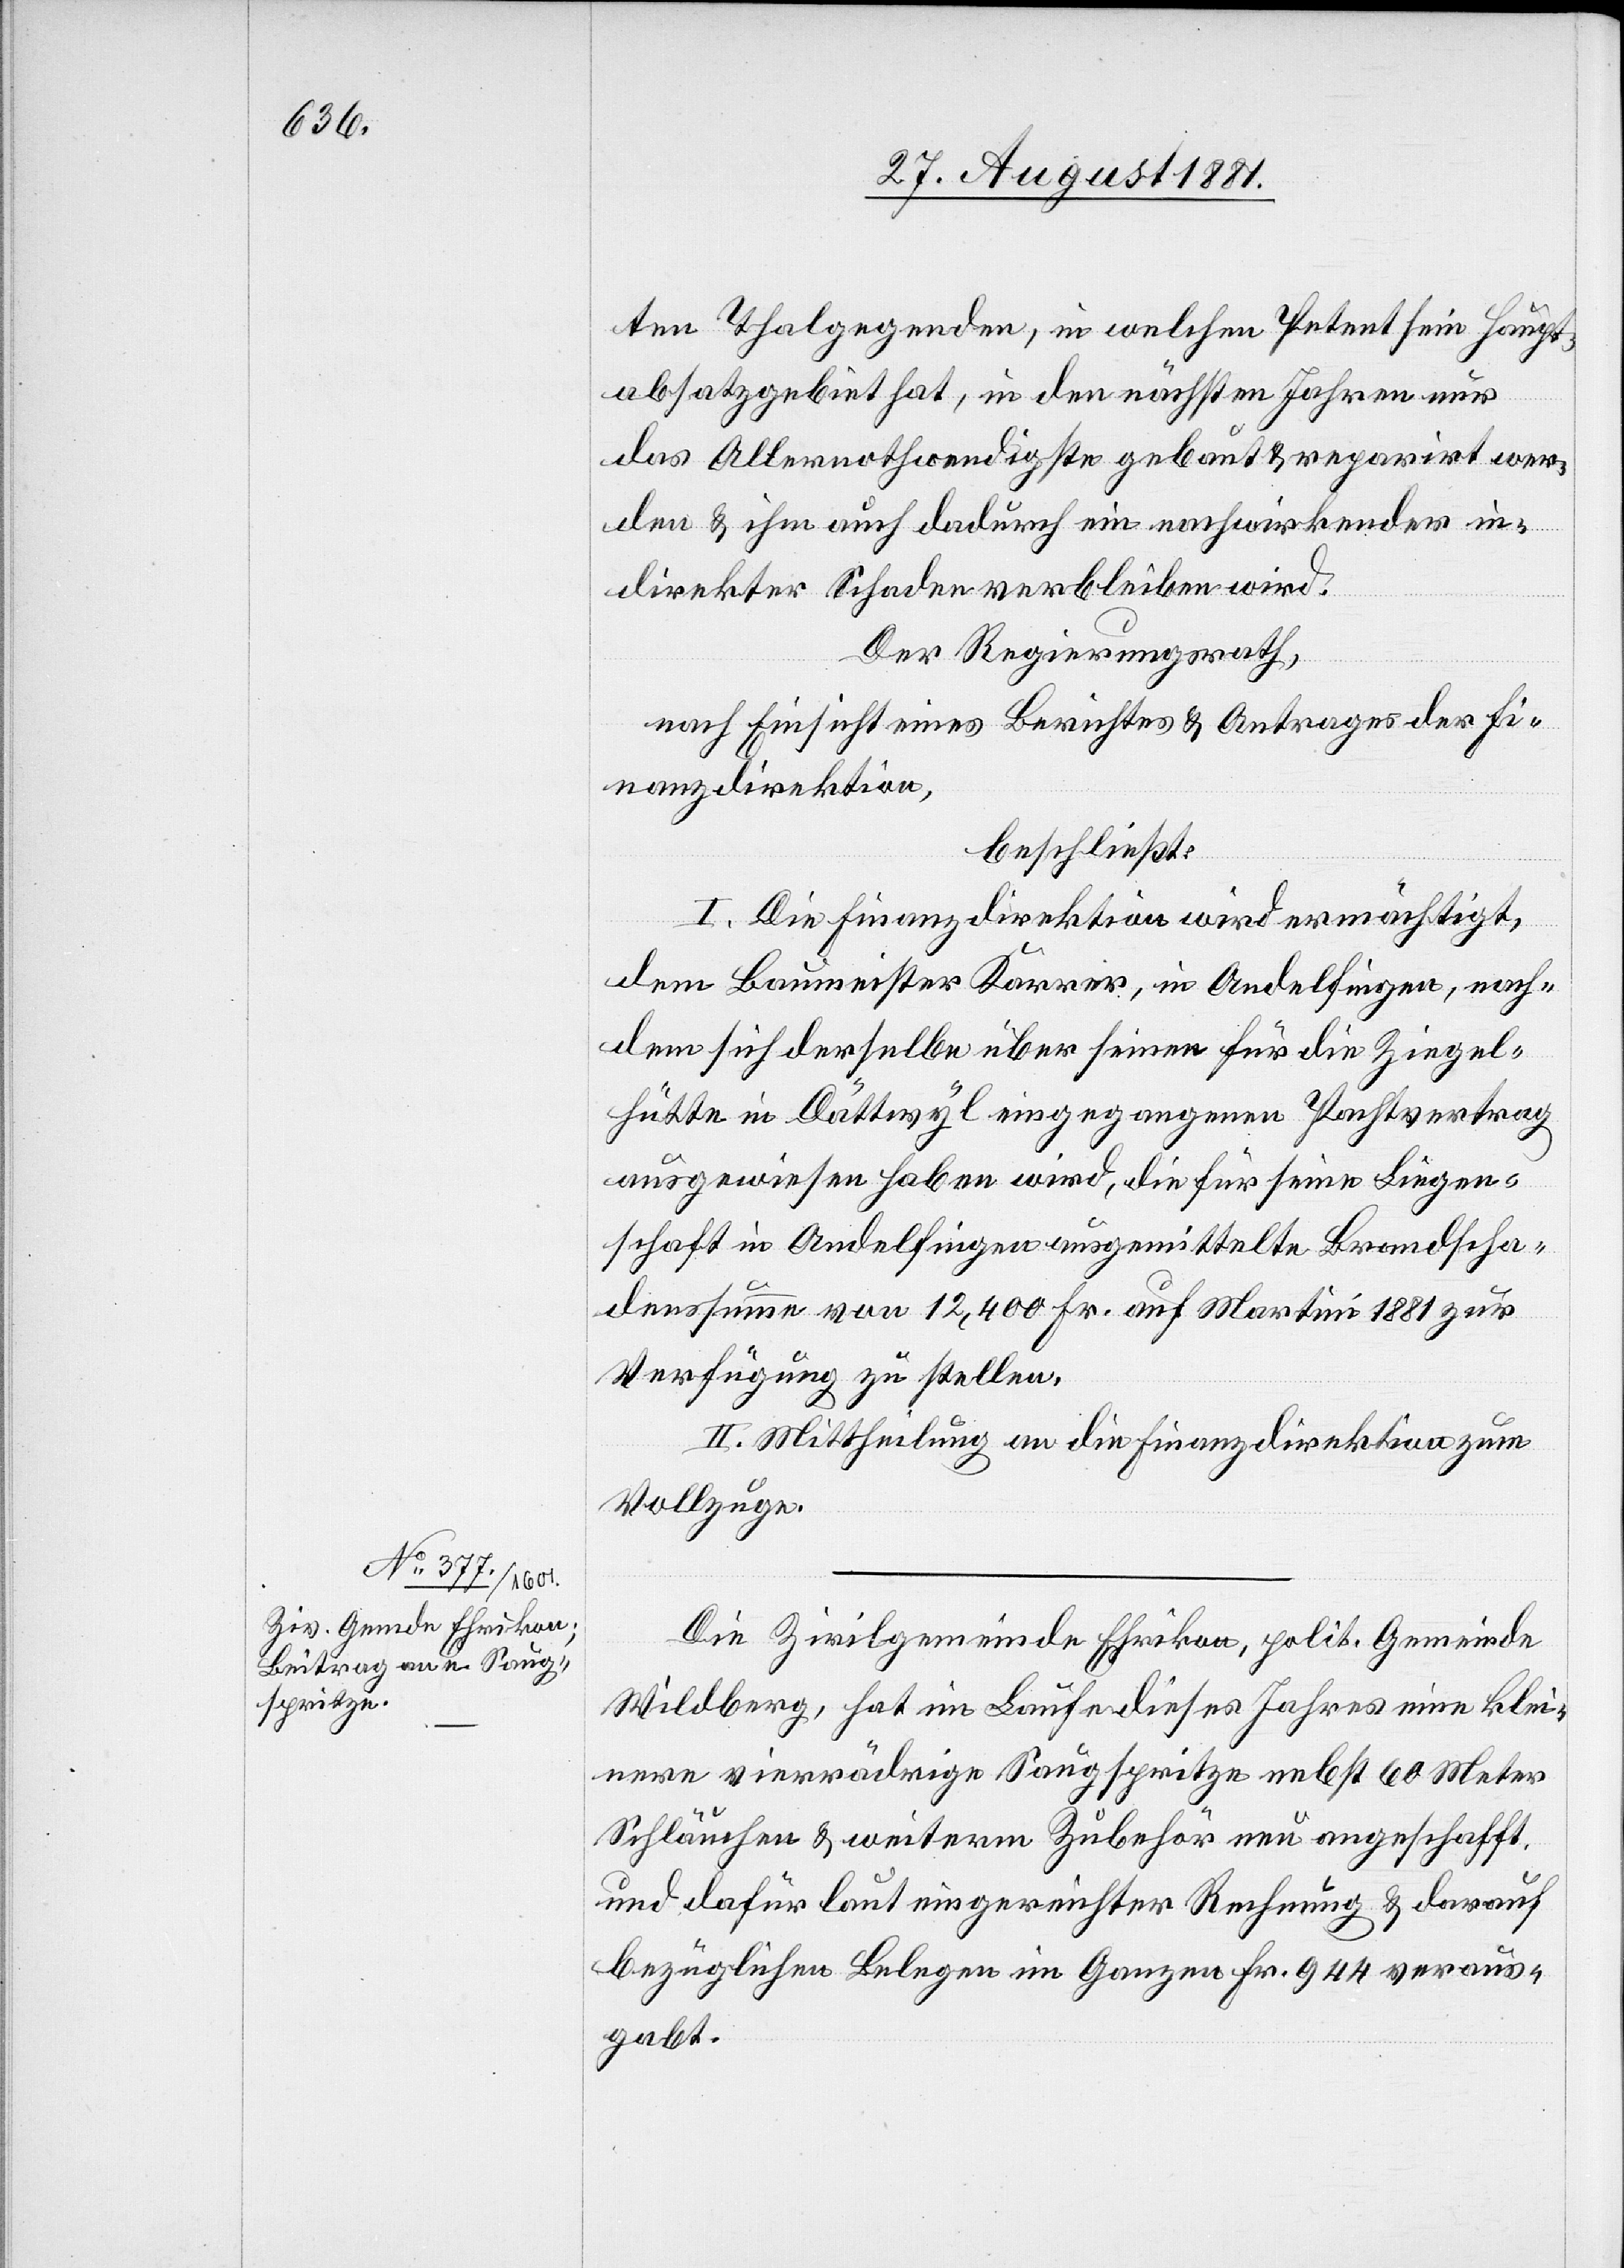
ten Thalgegenden, in welchen Petent sein Haupt¬
absatzgebiet hat, in den nächsten Jahren nur
das Allernothwendigste gebaut & reparirt wer¬
den & ihm auch dadurch ein nachwirkender in¬
direkter Schaden verbleiben wird.
Der Regierungsrath,
nach Einsicht eines Berichtes & Antrages der Fi¬
nanzdirektion,
beschließt:
I. Die Finanzdirektion wird ermächtigt,
dem Baumeister Karrer, in Andelfingen, nach¬
dem sich derselbe über seinen für die Ziegel¬
hütte in Dättwyl eingegangenen Pachtvertrag
ausgewiesen haben wird, die für seine Liegen¬
schaft in Andelfingen ausgemittelte Brandscha¬
denssumme von 12,400 Fr. auf Martini 1881 zur
Verfügung zu stellen.
II. Mittheilung an die Finanzdirektion zum
Vollzuge.
Die Zivilgemeinde Ehrikon, polit. Gemeinde
Wildberg, hat im Laufe dieses Jahres eine klei¬
nere vierrädrige Saugspritze nebst 60 Meter
Schläuchen & weiterm Zubehör neu angeschafft
und dafür laut eingereichter Rechnung & darauf
bezüglichen Belegen im Ganzen Fr. 944 veraus¬
gabt.